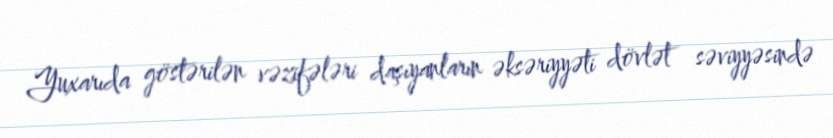
Yuxarıda göstərilən vəzifələri daşıyanların əksəriyyəti dövlət səviyyəsində